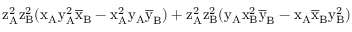
\mathrm { z _ { A } ^ { 2 } \mathrm { z _ { B } ^ { 2 } ( \mathrm { x _ { A } \mathrm { y _ { A } ^ { 2 } \mathrm { \overline { { x } } _ { B } - \mathrm { x _ { A } ^ { 2 } \mathrm { y _ { A } \mathrm { \overline { { y } } _ { B } ) + \mathrm { z _ { A } ^ { 2 } \mathrm { z _ { B } ^ { 2 } ( \mathrm { y _ { A } \mathrm { x _ { B } ^ { 2 } \mathrm { \overline { { y } } _ { B } - \mathrm { x _ { A } \mathrm { \overline { { x } } _ { B } \mathrm { y _ { B } ^ { 2 } ) } } } } } } } } } } } } } } } }